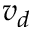
v _ { d }